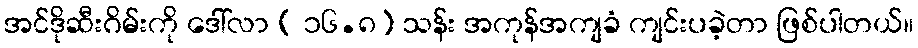
အင်ဒိုဆီးဂိမ်းကို ဒေါ်လာ ( ၁၆.၈) သန်း အကုန်အကျခံ ကျင်းပခဲ့တာ ဖြစ်ပါတယ်။